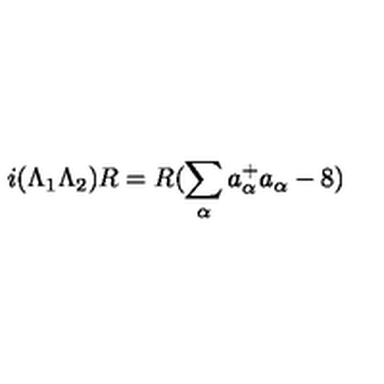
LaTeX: i ( \Lambda _ { 1 } \Lambda _ { 2 } ) R = R ( \sum _ { \alpha } a _ { \alpha } ^ { + } a _ { \alpha } - 8 )